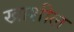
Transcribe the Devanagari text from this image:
खाशील